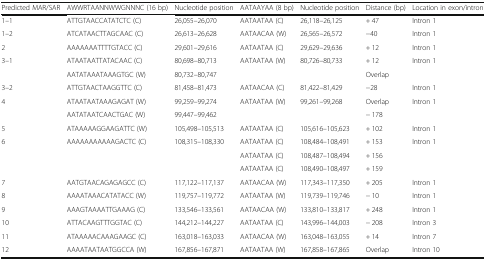
<table><thead><tr><td><b>Predicted MAR/SAR</b></td><td><b>AWWRTAANNWWGNNNC (16 bp)</b></td><td><b>Nucleotide position</b></td><td><b>AATAAYAA (8 bp)</b></td><td><b>Nucleotide position</b></td><td><b>Distance (bp)</b></td><td><b>Location in exon/intron</b></td></tr></thead><tbody><tr><td>1–1</td><td>ATTGTAACCATATCTC (C)</td><td>26,055–26,070</td><td>AATAATAA (C)</td><td>26,118–26,125</td><td>+ 47</td><td>Intron 1</td></tr><tr><td>1–2</td><td>ATCATAACTTAGCAAC (C)</td><td>26,613–26,628</td><td>AATAACAA (W)</td><td>26,565–26,572</td><td>−40</td><td>Intron 1</td></tr><tr><td>2</td><td>AAAAAAATTTTGTACC (C)</td><td>29,601–29,616</td><td>AATAATAA (C)</td><td>29,629–29,636</td><td>+ 12</td><td>Intron 1</td></tr><tr><td>3–1</td><td>ATAATAATTATACAAC (C)</td><td>80,698–80,713</td><td>AATAATAA (W)</td><td>80,726–80,733</td><td>+ 12</td><td>Intron 1</td></tr><tr><td></td><td>AATATAAATAAAGTGC (W)</td><td>80,732–80,747</td><td></td><td></td><td>Overlap</td><td></td></tr><tr><td>3–2</td><td>ATTGTAACTAAGGTTC (C)</td><td>81,458–81,473</td><td>AATAACAA (C)</td><td>81,422–81,429</td><td>−28</td><td>Intron 1</td></tr><tr><td>4</td><td>ATAATAATAAAGAGAT (W)</td><td>99,259–99,274</td><td>AATAATAA (W)</td><td>99,261–99,268</td><td>Overlap</td><td>Intron 1</td></tr><tr><td></td><td>AATATAATCAACTGAC (W)</td><td>99,447–99,462</td><td></td><td></td><td>− 178</td><td></td></tr><tr><td>5</td><td>ATAAAAAGGAAGATTC (W)</td><td>105,498–105,513</td><td>AATAATAA (C)</td><td>105,616–105,623</td><td>+ 102</td><td>Intron 1</td></tr><tr><td>6</td><td>AAAAAAAAAAAGACTC (C)</td><td>108,315–108,330</td><td>AATAATAA (C)</td><td>108,484–108,491</td><td>+ 153</td><td>Intron 1</td></tr><tr><td></td><td></td><td></td><td>AATAATAA (C)</td><td>108,487–108,494</td><td>+ 156</td><td></td></tr><tr><td></td><td></td><td></td><td>AATAATAA (C)</td><td>108,490–108,497</td><td>+ 159</td><td></td></tr><tr><td>7</td><td>AATGTAACAGAGAGCC (C)</td><td>117,122–117,137</td><td>AATAACAA (W)</td><td>117,343–117,350</td><td>+ 205</td><td>Intron 1</td></tr><tr><td>8</td><td>AAAATAAACATATACC (W)</td><td>119,757–119,772</td><td>AATAATAA (W)</td><td>119,739–119,746</td><td>− 10</td><td>Intron 1</td></tr><tr><td>9</td><td>AAAGTAAAATTGAAAG (C)</td><td>133,546–133,561</td><td>AATAACAA (W)</td><td>133,810–133,817</td><td>+ 248</td><td>Intron 1</td></tr><tr><td>10</td><td>ATTACAAGTTTGGTAC (C)</td><td>144,212–144,227</td><td>AATAATAA (C)</td><td>143,996–144,003</td><td>− 208</td><td>Intron 3</td></tr><tr><td>11</td><td>ATAAAAACAAAGAAGC (C)</td><td>163,018–163,033</td><td>AATAACAA (W)</td><td>163,048–163,055</td><td>+ 14</td><td>Intron 7</td></tr><tr><td>12</td><td>AAAATAATAATGGCCA (W)</td><td>167,856–167,871</td><td>AATAATAA (W)</td><td>167,858–167,865</td><td>Overlap</td><td>Intron 10</td></tr></tbody></table>